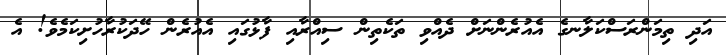
އަދި ތިމަންރަސްކަލާނގެ އެއުރެންނަށް ދެއްވި ތަކެތިން ސިއްރާއި ފާޅުގައި އެއުރެން ހޭދަކުރާހުށިކަމެވެ! އެ